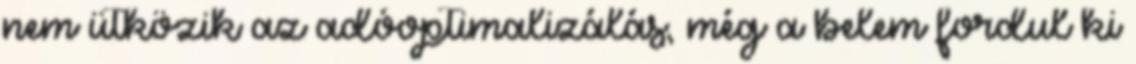
nem ütközik az adóoptimalizálás, még a belem fordul ki